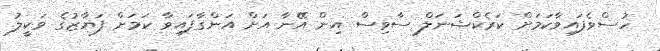
ހުސްވެފައިވާކަމަށް ކަރެކްޝަނަލް ސާވިސް އިން އޭނާ އަށް އަންގާފައިވާ ކަމަށް ފަޔާޒުގެ ވަކީލު